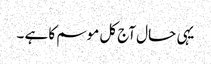
یہی حال آج کل موسم کا ہے ۔